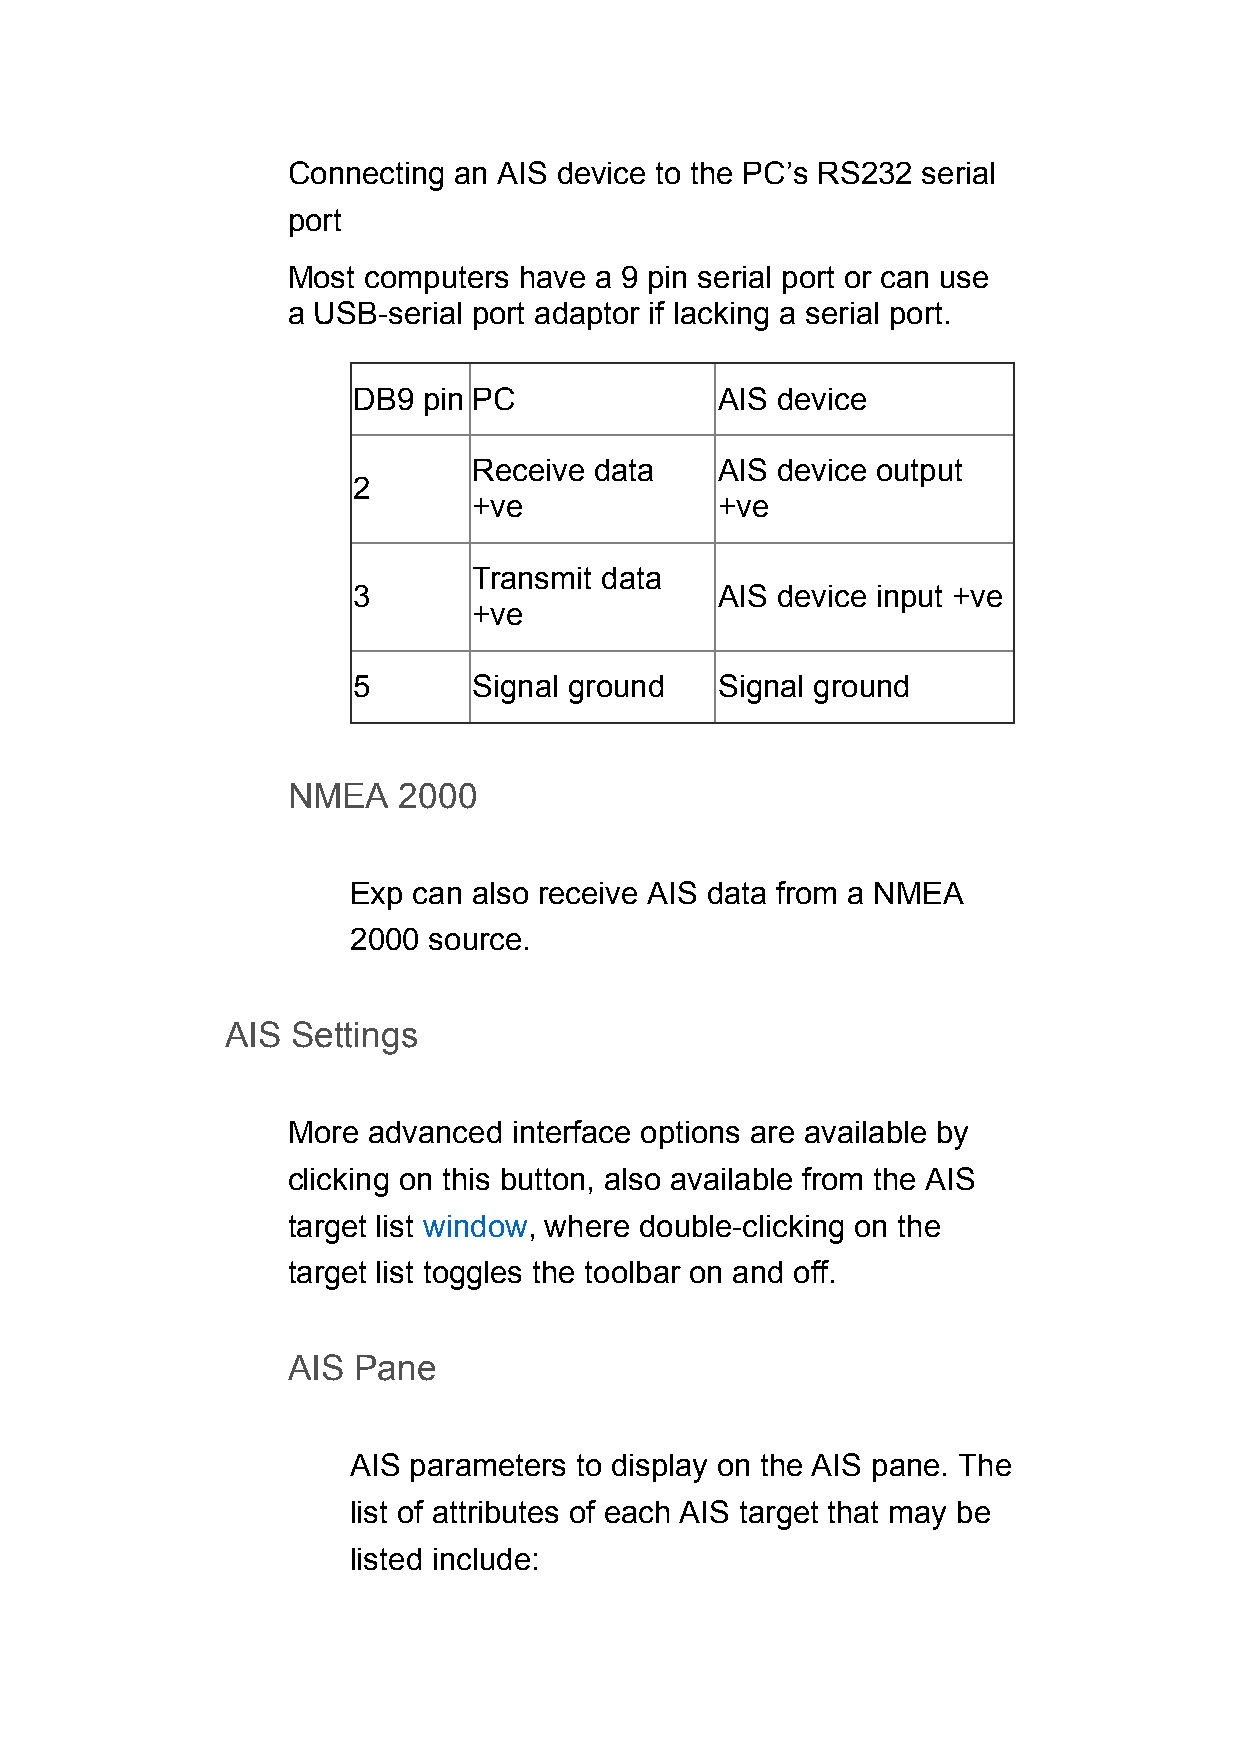
Connecting an AIS device to the PC’s RS232 serial
 port
 Most computers have a 9 pin serial port or can use
 a USB-serial port adaptor if lacking a serial port.
 DB9  pin PC              AIS device
 Receive data     AIS device output
 2
 +ve              +ve
 Transmit data
 3                        AIS device input +ve
 +ve
 5       Signal ground    Signal ground
 NMEA   2000
 Exp can also receive AIS data from a NMEA
 2000 source.
 AIS Settings
 More advanced  interface options are available by
 clicking on this button, also available from the AIS
 target list window, where double-clicking on the
 target list toggles the toolbar on and off.
 AIS Pane
 AIS parameters to display on the AIS pane. The
 list of attributes of each AIS target that may be
 listed include: